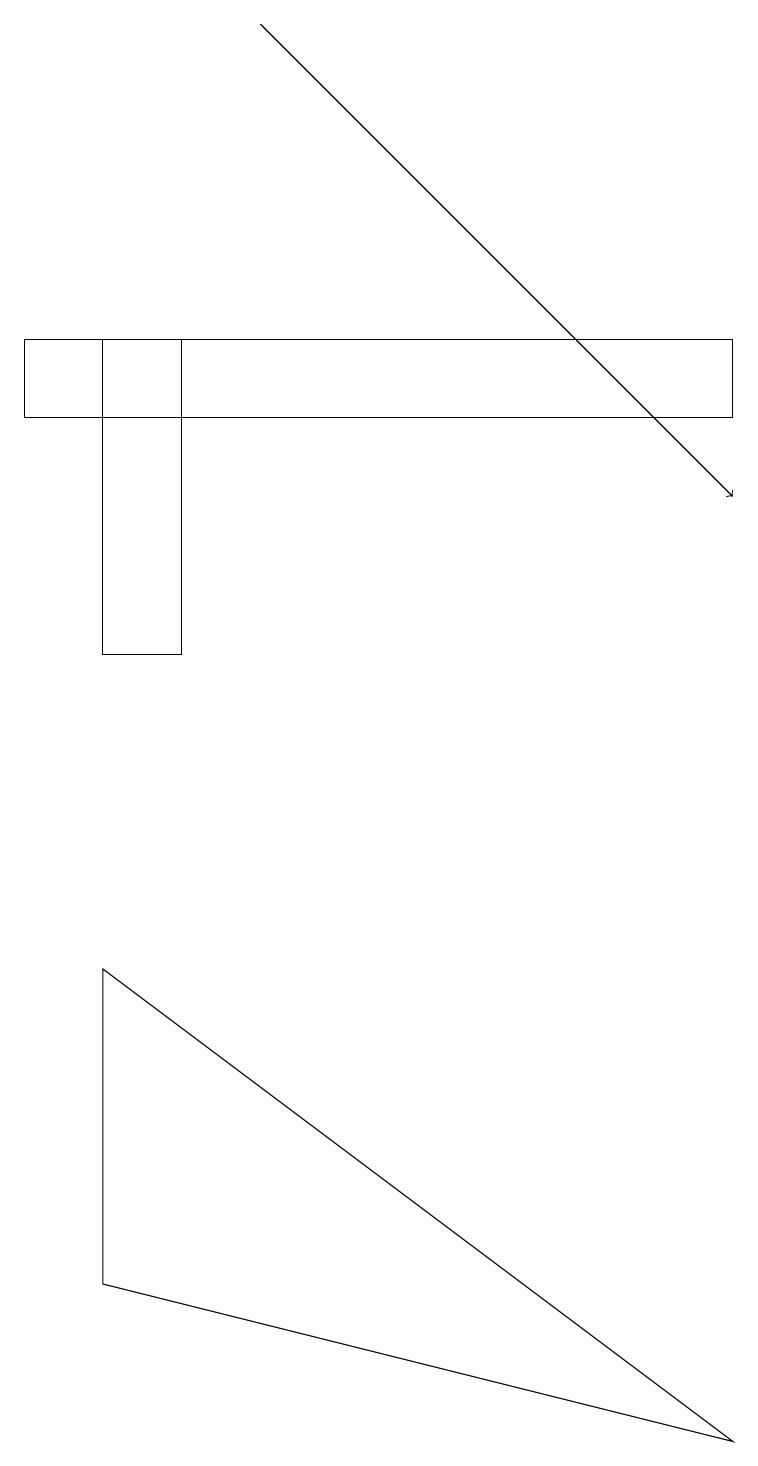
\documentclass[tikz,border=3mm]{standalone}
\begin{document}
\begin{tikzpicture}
\draw (9,14) rectangle (0,13);
\draw[->] (3,18) -- (9,12);
\draw (1,10) rectangle (2,14);
\draw (1,2) -- (9,0) -- (1,6) -- cycle;
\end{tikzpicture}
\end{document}